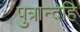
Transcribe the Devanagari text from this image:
पुत्रान्देहि